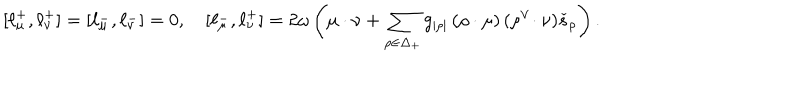
LaTeX: [ \ell _ { \mu } ^ { + } , \ell _ { \nu } ^ { + } ] = [ \ell _ { \mu } ^ { - } , \ell _ { \nu } ^ { - } ] = 0 , \quad [ \ell _ { \mu } ^ { - } , \ell _ { \nu } ^ { + } ] = 2 \omega \left( \mu \cdot \nu + \sum _ { \rho \in \Delta _ { + } } g _ { | \rho | } \, ( \rho \cdot \mu ) \, ( \rho ^ { \vee } \! \cdot \nu ) \check { s } _ { \rho } \right) .